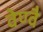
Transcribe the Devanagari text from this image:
वेण्वै